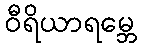
ဝီရိယာရမ္ဘေ